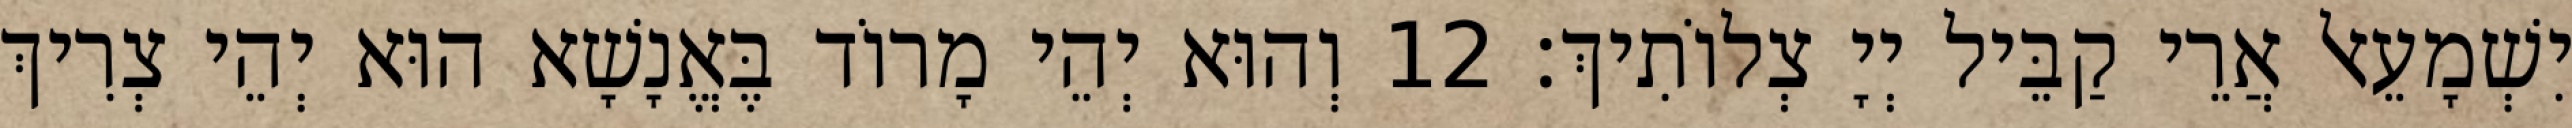
יִשְׁמָעֵאל אֲרֵי קַבֵּיל יְיָ צְלוֹתִיךְ׃ 12 וְהוּא יְהֵי מָרוֹד בֶּאֱנָשָׁא הוּא יְהֵי צְרִיךְ